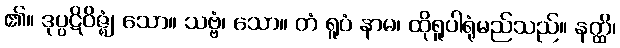
၏။ ဒုပ္ပဋိဝိဇ္ဈံ၊ သော။ သဗ္ဗံ၊ သော။ တံ ရူပံ နာမ၊ ထိုရူပါရုံမည်သည်။ နတ္ထိ၊